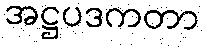
အဋ္ဌပဒကတာ